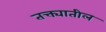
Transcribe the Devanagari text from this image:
तक्त्यातील